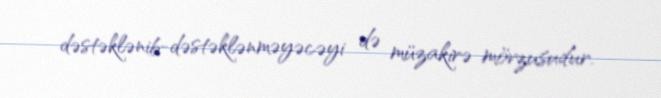
dəstəklənib-dəstəklənməyəcəyi də müzakirə mövzusudur.